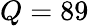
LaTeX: Q=89